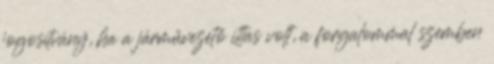
jogosítvány, ha a járművezető ittas volt, a forgalommal szemben